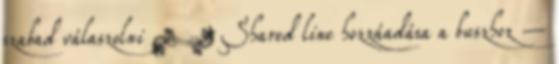
szabad válaszolni ● Shared line hozzáadása a buszhoz –